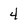
Character: 4